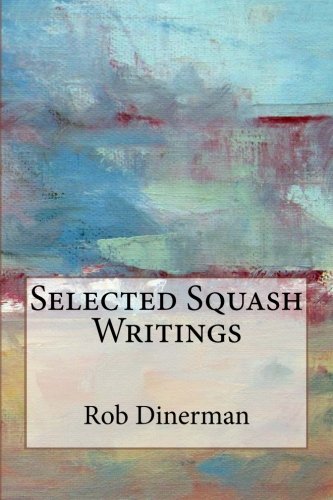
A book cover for Selected Squash Writings; Rob Dinerman; Sports & Outdoors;